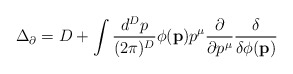
\begin{align*}\Delta_{\partial} = D + \int \frac{d^D p}{(2 \pi)^D}\phi(\mathbf{p}) p^{\mu} \frac{\partial}{\partial p^{\mu}}\frac{\delta}{\delta \phi(\mathbf{p})}\end{align*}